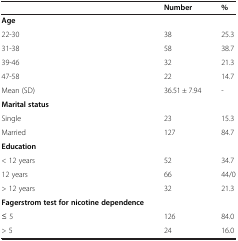
<table><thead><tr><td><b> </b></td><td><b>Number</b></td><td><b>%</b></td></tr></thead><tbody><tr><td><b>Age</b></td><td> </td><td> </td></tr><tr><td>22-30</td><td>38</td><td>25.3</td></tr><tr><td>31-38</td><td>58</td><td>38.7</td></tr><tr><td>39-46</td><td>32</td><td>21.3</td></tr><tr><td>47-58</td><td>22</td><td>14.7</td></tr><tr><td>Mean (SD)</td><td>36.51 ± 7.94</td><td>-</td></tr><tr><td><b>Marital status</b></td><td> </td><td> </td></tr><tr><td>Single</td><td>23</td><td>15.3</td></tr><tr><td>Married</td><td>127</td><td>84.7</td></tr><tr><td><b>Education</b></td><td> </td><td> </td></tr><tr><td>&lt; 12 years</td><td>52</td><td>34.7</td></tr><tr><td>12 years</td><td>66</td><td>44/0</td></tr><tr><td>&gt; 12 years</td><td>32</td><td>21.3</td></tr><tr><td><b>Fagerstrom test for nicotine dependence</b></td><td> </td><td> </td></tr><tr><td>≤ 5</td><td>126</td><td>84.0</td></tr><tr><td>&gt; 5</td><td>24</td><td>16.0</td></tr></tbody></table>